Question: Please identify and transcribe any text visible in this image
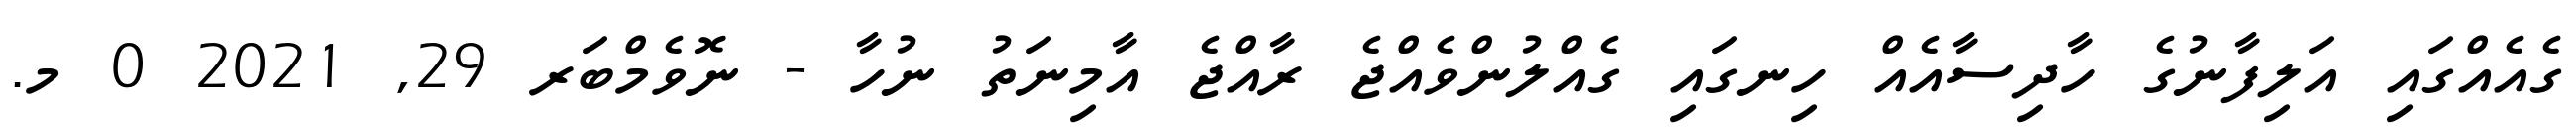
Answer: ގެއެއްގައި އަލިފާނުގެ ހާދިސާއެއް ހިނގައި ގެއްލުންވެއްޖެ ރާއްޖެ އާމިނަތު ނުހާ - ނޮވެމްބަރ 29, 2021 0 މ.